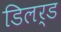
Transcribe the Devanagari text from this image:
डिलर्ड